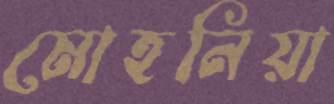
মোহনিয়া